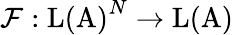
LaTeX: \mathcal{F}:\mathrm{{L(A)}}^{N}\to\mathrm{{L(A)}}